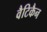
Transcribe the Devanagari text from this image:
वैटिकैन